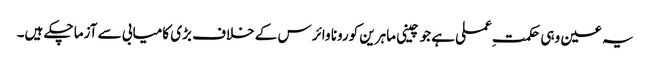
یہ عین وہی حکمتِ عملی ہے جو چینی ماہرین کورونا وائرس کے خلاف بڑی کامیابی سے آزما چکے ہیں۔